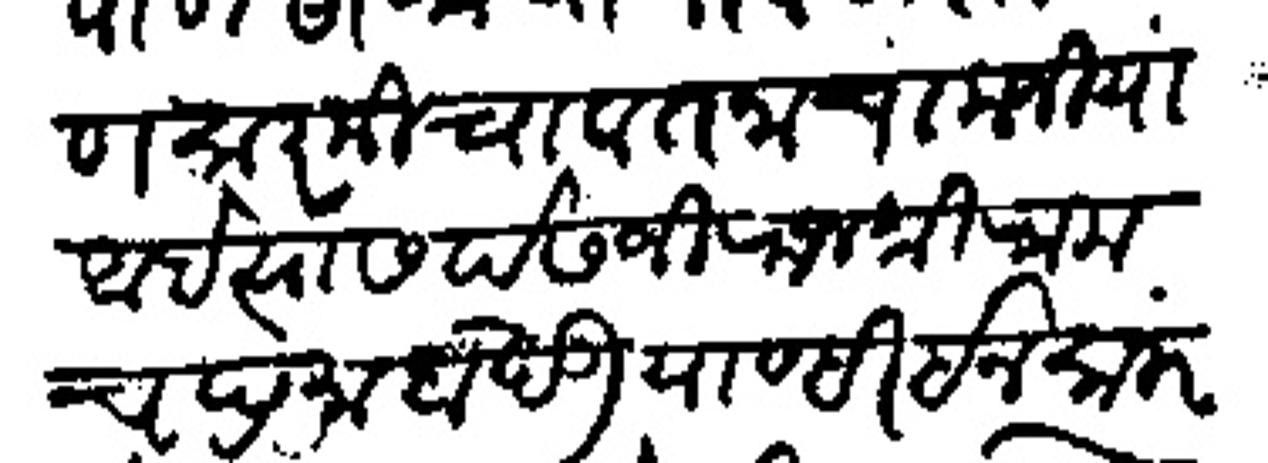
Transliteration (Devanagari): पाणसरकीचा वतनाचा कजिया आहे त्यास पेसजी राजश्री राम चंद्र माहादेऊ याण्ही इनसाफ